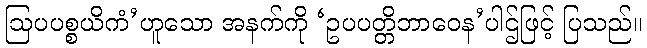
ဩပပစ္စယိကံ’ဟူသော အနက်ကို ‘ဥပပတ္တိဘာဝေန’ပါဌ်ဖြင့် ပြသည်။